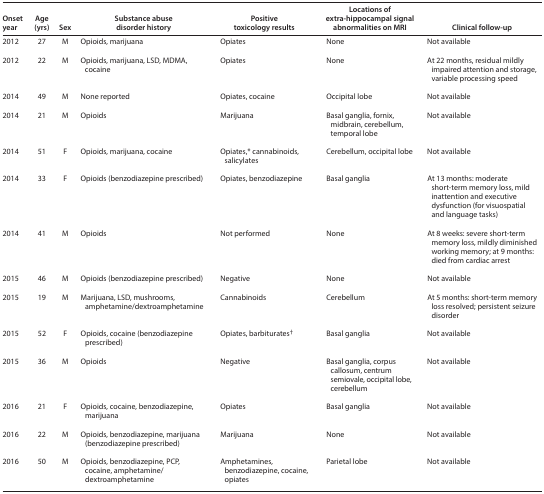
<table><thead><tr><td><b>Onset year</b></td><td><b>Age (yrs)</b></td><td><b>Sex</b></td><td><b>Substance abuse disorder history</b></td><td><b>Positive toxicology results</b></td><td><b>Locations of extra-hippocampal signal abnormalities on MRI</b></td><td><b>Clinical follow-up</b></td></tr></thead><tbody><tr><td>2012</td><td>27</td><td>M</td><td>Opioids, marijuana</td><td>Opiates</td><td>None</td><td>Not available</td></tr><tr><td>2012</td><td>22</td><td>M</td><td>Opioids, marijuana, LSD, MDMA, cocaine</td><td>Opiates</td><td>None</td><td>At 22 months, residual mildly impaired attention and storage, variable processing speed</td></tr><tr><td>2014</td><td>49</td><td>M</td><td>None reported</td><td>Opiates, cocaine</td><td>Occipital lobe</td><td>Not available</td></tr><tr><td>2014</td><td>21</td><td>M</td><td>Opioids</td><td>Marijuana</td><td>Basal ganglia, fornix, midbrain, cerebellum, temporal lobe</td><td>Not available</td></tr><tr><td>2014</td><td>51</td><td>F</td><td>Opioids, marijuana, cocaine</td><td>Opiates,* cannabinoids, salicylates</td><td>Cerebellum, occipital lobe</td><td>Not available</td></tr><tr><td>2014</td><td>33</td><td>F</td><td>Opioids(benzodiazepine prescribed)</td><td>Opiates, benzodiazepine</td><td>Basal ganglia</td><td>At 13 months: moderate short-term memory loss, mild inattention and executive dysfunction (for visuospatial and language tasks)</td></tr><tr><td>2014</td><td>41</td><td>M</td><td>Opioids</td><td>Not performed</td><td>None</td><td>At 8 weeks: severe short-term memory loss, mildly diminished working memory; at 9 months: died from cardiac arrest</td></tr><tr><td>2015</td><td>46</td><td>M</td><td>Opioids(benzodiazepine prescribed)</td><td>Negative</td><td>None</td><td>Not available</td></tr><tr><td>2015</td><td>19</td><td>M</td><td>Marijuana, LSD, mushrooms, amphetamine/dextroamphetamine</td><td>Cannabinoids</td><td>Cerebellum</td><td>At 5 months: short-term memory loss resolved; persistent seizure disorder</td></tr><tr><td>2015</td><td>52</td><td>F</td><td>Opioids, cocaine(benzodiazepine prescribed)</td><td>Opiates, barbiturates<sup>†</sup></td><td>Basal ganglia</td><td>Not available</td></tr><tr><td>2015</td><td>36</td><td>M</td><td>Opioids</td><td>Negative</td><td>Basal ganglia, corpus callosum,centrum semiovale,occipital lobe, cerebellum</td><td>Not available</td></tr><tr><td>2016</td><td>21</td><td>F</td><td>Opioids, cocaine, benzodiazepine, marijuana</td><td>Opiates</td><td>Basal ganglia</td><td>Not available</td></tr><tr><td>2016</td><td>22</td><td>M</td><td>Opioids, benzodiazepine, marijuana(benzodiazepine prescribed)</td><td>Marijuana</td><td>None</td><td>Not available</td></tr><tr><td>2016</td><td>50</td><td>M</td><td>Opioids, benzodiazepine, PCP, cocaine, amphetamine/dextroamphetamine</td><td>Amphetamines, benzodiazepine, cocaine, opiates</td><td>Parietal lobe</td><td>Not available</td></tr></tbody></table>